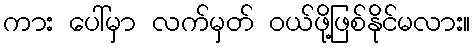
ကား ပေါ်မှာ လက်မှတ် ဝယ်ဖို့ဖြစ်နိုင်မလား။